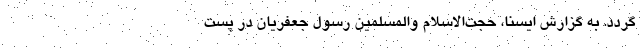
‌گردد. به گزارش ایسنا، حجت‌الاسلام والمسلمین رسول جعفریان در پست